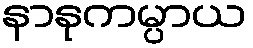
နာနုကမ္ပာယ